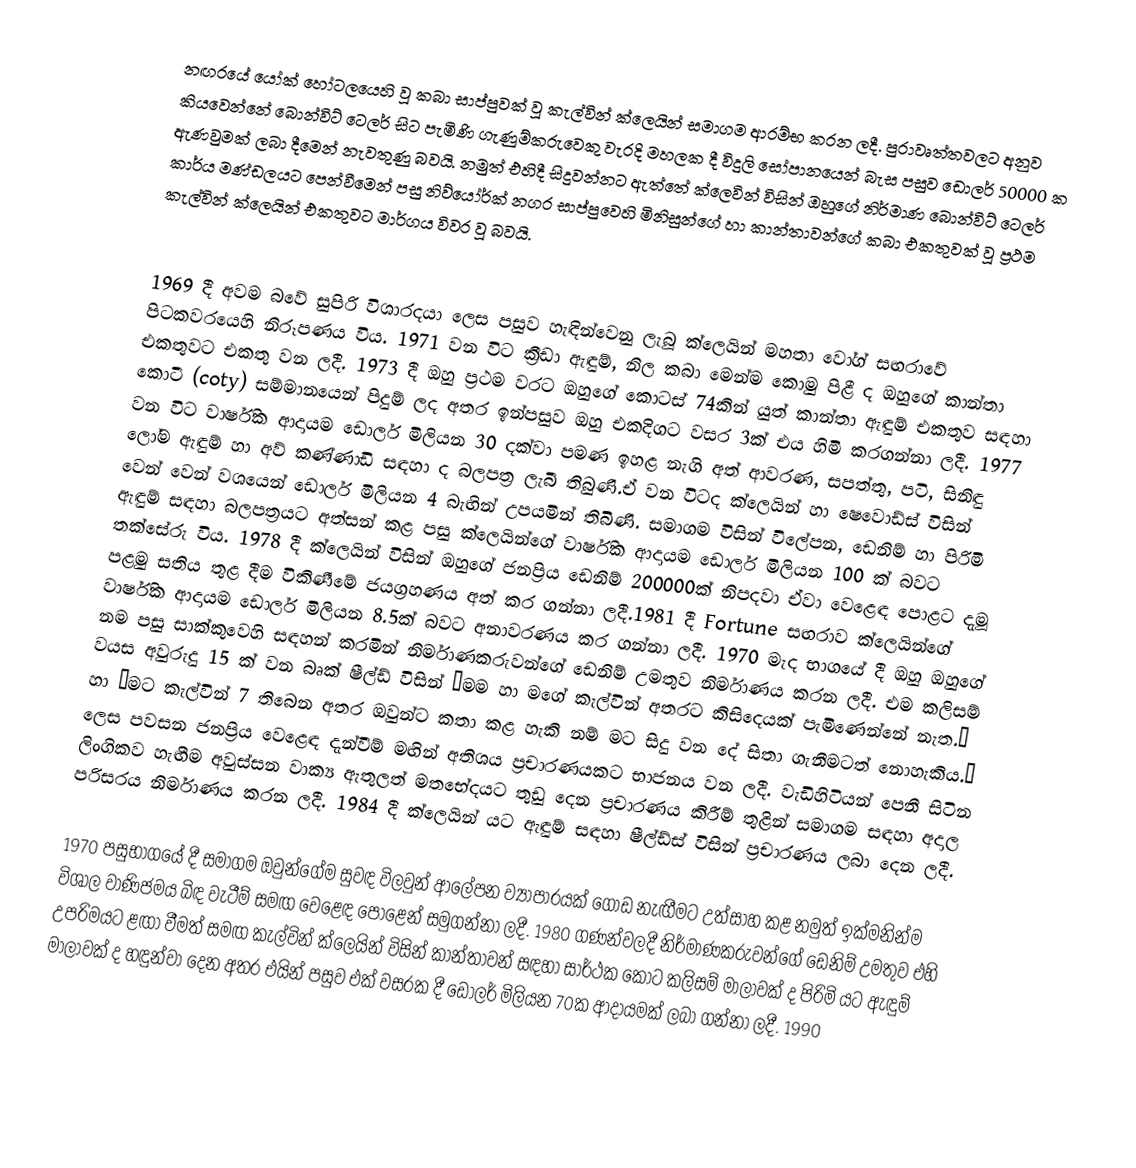
නඟරයේ යෝක් හෝටලයෙහි වූ කබා සාප්පුවක් වූ කැල්වින් ක්ලෙයින් සමාගම ආරම්භ කරන ලදී. පුරාවෘත්තවලට අනුව කියවෙන්නේ බොන්විට් ටෙලර් සිට පැමිණි ගැණුම්කරුවෙකු වැරදි මහලක දී විදුලි සෝපානයෙන් බැස පසුව ඩොලර් 50000 ක ඇණවුමක් ලබා දීමෙන් නැවතුණු බවයි. නමුත් එහිදී සිදුවන්නට ඇත්තේ ක්ලෙවින් විසින් ඔහුගේ නිර්මාණ බොන්විට් ටෙලර් කාර්ය මණ්ඩලයට පෙන්වීමෙන් පසු නිව්යෝර්ක් නගර සාප්පුවෙහි මිනිසුන්ගේ හා කාන්තාවන්ගේ කබා එකතුවක් වූ ප්‍රථම කැල්වින් ක්ලෙයින් එකතුවට මාර්ගය විවර වූ බවයි.

1969 දී අවම බවේ සුපිරි විශාරදයා ලෙස පසුව හැඳින්වෙනු ලැබූ ක්ලෙයින් මහතා වෝග් සඟරාවේ පිටකවරයෙහි නිරූපණය විය. 1971 වන විට ක්‍රීඩා ඇඳුම්, නිල කබා මෙන්ම කොමු පිළී ද ඔහුගේ කාන්තා එකතුවට එකතු වන ලදී. 1973 දී ඔහු ප්‍රථම වරට ඔහුගේ කොටස් 74කින් යුත් කාන්තා ඇඳුම් එකතුව සඳහා කොටී (coty) සම්මානයෙන් පිදුම් ලද අතර ඉන්පසුව ඔහු එකදිගට වසර 3ක් එය හිමි කරගන්නා ලදී. 1977 වන විට වාර්ෂික ආදායම ඩොලර් මිලියන 30 දක්වා පමණ ඉහළ නැගි අත් ආවරණ, සපත්තු, පටි, සිනිඳු ලෝම ඇඳුම් හා අව් කණ්ණාඩි සඳහා ද බලපත්‍ර ලැබී තිබුණි.ඒ වන විටද ක්ලෙයින් හා ෂෙවොඩ්ස් විසින් වෙන් වෙන් වශයෙන් ඩොලර් මිලියන 4 බැඟින් උපයමින් තිබිණි. සමාගම විසින් විලේපන, ඩෙනිම් හා පිරිමි ඇඳුම් සඳහා බලපත්‍රයට අත්සන් කළ පසු ක්ලෙයින්ගේ වාර්ෂික ආදායම ඩොලර් මිලියන 100 ක් බවට තක්සේරු විය. 1978 දී ක්ලෙයින් විසින් ඔහුගේ ජනප්‍රිය ඩෙනිම් 200000ක් නිපදවා ඒවා වෙළෙඳ පොළට දැමූ පළමු සතිය තුළ දීම විකිණීමේ ජයග්‍රහණය අත් කර ගන්නා ලදී.1981 දී Fortune සඟරාව ක්ලෙයින්ගේ වාර්ෂික ආදායම ඩොලර් මිලියන 8.5ක් බවට අනාවරණය කර ගන්නා ලදී. 1970 මැද භාගයේ දී ඔහු ඔහුගේ නම පසු සාක්කුවෙහි සඳහන් කරමින් නිර්මාණකරුවන්ගේ ඩෙනිම් උමතුව නිර්මාණය කරන ලදී. එම කලිසම් වයස අවුරුදු 15 ක් වන බෘක් ෂීල්ඩ් විසින් “මම හා මගේ කැල්වින් අතරට කිසිදෙයක් පැමිණෙන්නේ නැත.” හා “මට කැල්වින් 7 තිබෙන අතර ඔවුන්ට කතා කළ හැකි නම් මට සිදු වන දේ සිතා ගැනීමටත් නොහැකිය.” ලෙස පවසන ජනප්‍රිය වෙළෙඳ දැන්වීම් මඟින් අතිශය ප්‍රචාරණයකට භාජනය වන ලදී. වැඩිහිටියන් පෙනී සිටින ලිංගිකව හැඟීම අවුස්සන වාක්‍ය ඇතුලත් මතභේදයට තුඩු දෙන ප්‍රචාරණය කිරීම් තුළින් සමාගම සඳහා අදාල පරිසරය නිර්මාණය කරන ලදී. 1984 දී ක්ලෙයින් යට ඇඳුම් සඳහා ෂීල්ඩ්ස් විසින් ප්‍රචාරණය ලබා දෙන ලදී.

1970 පසුභාගයේ දී සමාගම ඔවුන්ගේම සුවඳ විලවුන් ආලේපන ව්‍යාපාරයක් ගොඩ නැඟීමට උත්සාහ කළ නමුත් ඉක්මනින්ම විශාල වාණිජමය බිඳ වැටීම් සමඟ වෙළෙඳ පොළෙන් සමුගන්නා ලදී. 1980 ගණන්වලදී නිර්මාණකරුවන්ගේ ඩෙනිම් උමතුව එහි උපරිමයට ළඟා වීමත් සමඟ කැල්වින් ක්ලෙයින් විසින් කාන්තාවන් සඳහා සාර්ථක කොට කලිසම් මාලාවක් ද පිරිමි යට ඇඳුම් මාලාවක් ද හඳුන්වා දෙන අතර එයින් පසුව එක් වසරක දී ඩොලර් මිලියන 70ක ආදායමක් ලබා ගන්නා ලදී. 1990